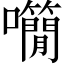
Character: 𡅌